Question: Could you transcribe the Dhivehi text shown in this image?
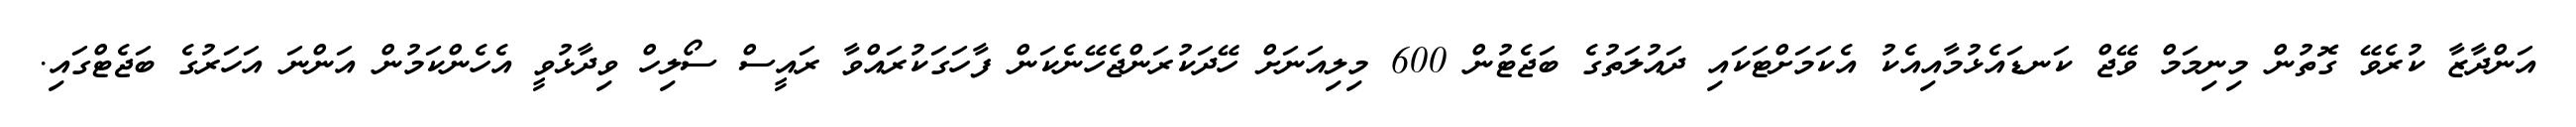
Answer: އަންދާޒާ ކުރެވޭ ގޮތުން މިނިމަމް ވޭޖް ކަނޑައެޅުމާއިއެކު އެކަމަށްޓަކައި ދައުލަތުގެ ބަޖެޓުން 600 މިލިއަނަށް ހޭދަކުރަންޖެހޭނެކަން ފާހަގަކުރައްވާ ރައީސް ސޯލިހް ވިދާޅުވީ އެހެންކަމުން އަންނަ އަހަރުގެ ބަޖެޓްގައި.